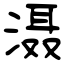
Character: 滠